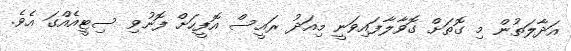
އަދާލަތުން މި ގޮތަށް ގޮވާލާފައިވަނީ މިއަދު ރައީސް އޮފީހަށް ފޮނުވި ސިޓީއެއްގަ އެވެ.